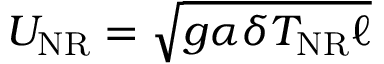
U _ { \mathrm { N R } } = \sqrt { g \alpha \delta T _ { \mathrm { N R } } \ell }